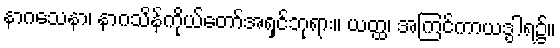
နာဂသေနာ၊ နာဂသိန်ကိုယ်တော်အရှင်ဘုရား။ ယတ္ထ၊ အကြင်ကာယဒွါရ၌။